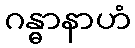
ဂန္ဓာနာဟံ